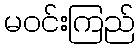
မဝင်းကြည်